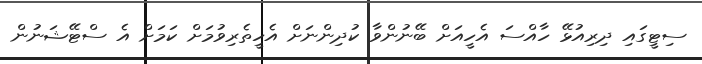
ސިޓީގައި ދިރިއުޅޭ ހާއްސަ އެހީއަށް ބޭނުންވާ ކުދިންނަށް އެހީތެރިވުމަށް ކަމަށް އެ ސްޓޭޝަނުން